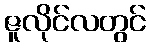
ဇူလိုင်လတွင်